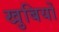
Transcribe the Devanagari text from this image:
खुबियों